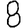
Digit: 8